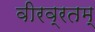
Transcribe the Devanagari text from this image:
वीरव्रतम्‌